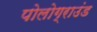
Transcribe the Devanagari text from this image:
पोलोग्राउंड